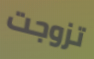
تزوجت